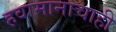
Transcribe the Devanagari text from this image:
हवामानाचाही